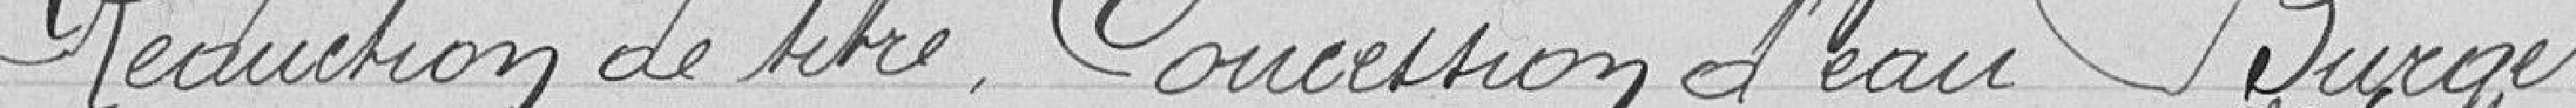
Réduction de titre concession d'eau Burger